Report of the King Institute of Preventive Medicine, Guindy
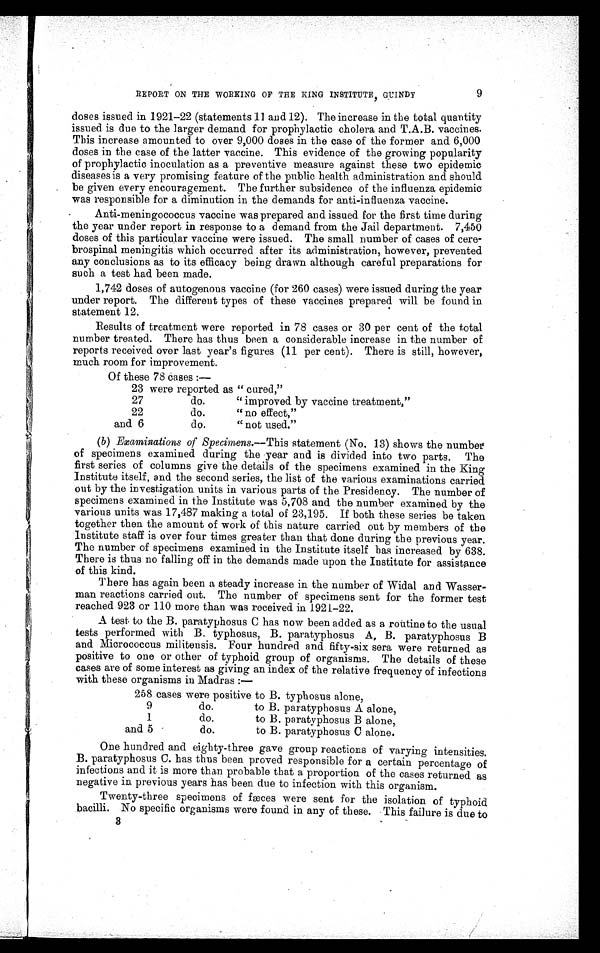
REPORT ON THE WORKING OF THE KING INSTITUTE, GUINDY
9
doses issued in 1921-22 (statements 11 and 12). The increase in the total quantity
issued is due to the larger demand for prophylactic cholera and T.A.B. vaccines.
This increase amounted to over 9,000 doses in the case of the former and 6,000
doses in the case of the latter vaccine. This evidence of the growing popularity
of prophylactic inoculation as a preventive measure against these two epidemic
diseases is a very promising feature of the public health administration and should
be given every encouragement. The further subsidence of the influenza epidemic
was responsible for a diminution in the demands for anti-influenza vaccine.
Anti-meningococcus vaccine was prepared and issued. for the first time during
the year under report in response to a demand from the Jail department. 7,450
doses of this particular vaccine were issued. The small number of cases of cere
-brospinal meningitis which occurred after its administration, however, prevented
any conclusions as to its efficacy being drawn although careful preparations for
such a test had been made.
1,742 doses of autogenous vaccine (for 260 cases) were issued during the year
under report. The different types of these vaccines prepared will be found in
statement 12.
Results of treatment were reported in 78 cases or 30 per cent of the total
number treated. There has thus been a considerable increase in the number of
reports received over last year’s figures (11 per cent). There is still, however,
much room for improvement.
Of these 78 cases :—
23 were reported as "cured,"
27
do.
" improved by vaccine treatment,"
22
do.
"no effect,"
and 6
do.
" not used."
(b) Examinations of Specimens.—
This statement (No. 13) shows the number
of specimens examined during the year and is divided into two parts. The
first series of columns give the details of the specimens examined in the King
Institute itself, and the second series, the list of the various examinations carried
out by the investigation units in various parts of the Presidency. The number of
specimens examined in the Institute was 5,708 and the number examined by the
various units was 17,487 making a total of 23,195. If both these series be taken
together then the amount of work of this nature carried out by members of the
Institute staff is over four times greater than that done during the previous year.
The number of specimens examined in the Institute itself has increased by 638.
There is thus no falling off in the demands made upon the Institute for assistance
of this kind.
There has again been a steady increase in the number of Widal and Wasser-
man reactions carried out. The number of specimens sent for the former test
reached 923 or 110 more than was received in 1921-22.
A test. to the B. paratyphosus C has now been added as a routine to the usual
tests performed with B. typhosus, B. paratyphosus A, B. paratyphosus B
and Micrococcus militensis. Four hundred and fifty-six sera were returned as
positive to one or other of typhoid group of organisms. The details of these
cases are of some interest as giving an index of the relative frequency of infections
with these organisms in Madras :—
258 cases were positive to B. typhosus alone,
9
do.
to B. paratyphosus A alone,
1
do.
to B. paratyphosus B alone,
and 5
do.
to B. paratyphosus C alone.
One hundred and eighty-three gave group reactions of varying intensities.
B. paratyphosus C. has thus been proved responsible for a certain percentage of
infections and it is more than probable that a proportion of the cases returned as
negative in previous years has been due to infection with this organism.
Twenty-three specimens of fæces were sent for the isolation of typhoid
bacilli. No specific organisms were found in any of these. This failure is due to
3
3